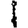
Digit: 1